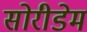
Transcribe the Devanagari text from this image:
सोरीडेम